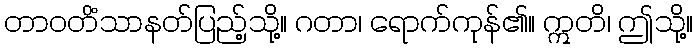
တာဝတိံသာနတ်ပြည့်သို့။ ဂတာ၊ ရောက်ကုန်၏။ ဣတိ၊ ဤသို့။